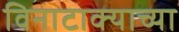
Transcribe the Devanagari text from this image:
विनाटाक्‍याच्या